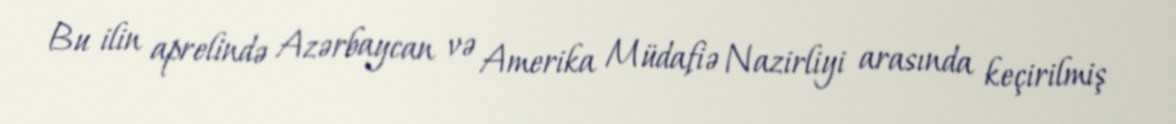
Bu ilin aprelində Azərbaycan və Amerika Müdafiə Nazirliyi arasında keçirilmiş